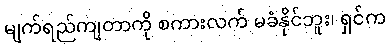
မျက်ရည်ကျတာကို စကားလက် မခံနိုင်ဘူး၊ ရှင်က